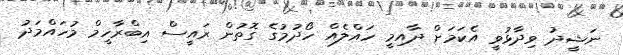
ނަޝީދު ވިދާޅުވީ އެކަމަށް ދާއިމީ ހައްލެއް ހޯދުމުގެ ގޮތުން ރައީސް އިބްރާހީމް މުހައްމަދު